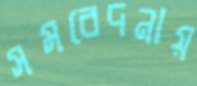
সমবেদনায়